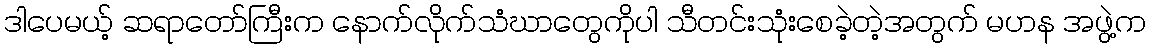
ဒါပေမယ့် ဆရာတော်ကြီးက နောက်လိုက်သံဃာတွေကိုပါ သီတင်းသုံးစေခဲ့တဲ့အတွက် မဟန အဖွဲ့က